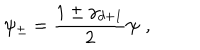
LaTeX: \psi _ { \pm } = \frac { 1 \pm \gamma _ { d + 1 } } { 2 } \psi \, \, ,